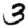
Digit: 3